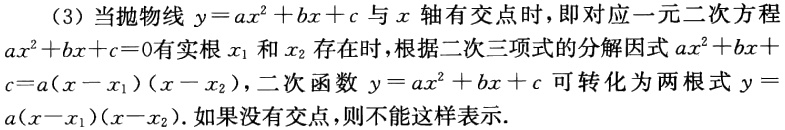
(3) 当抛物线 \(y = ax^{2}+bx + c\) 与 \(x\) 轴有交点时，即对应一元二次方程 \(ax^{2}+bx + c = 0\) 有实根 \(x_{1}\) 和 \(x_{2}\) 存在时，根据二次三项式的分解因式 \(ax^{2}+bx + c=a(x - x_{1})(x - x_{2})\)，二次函数 \(y = ax^{2}+bx + c\) 可转化为两根式 \(y = a(x - x_{1})(x - x_{2})\). 如果没有交点，则不能这样表示.